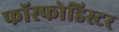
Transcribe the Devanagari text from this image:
फॉस्फोडिस्टर